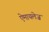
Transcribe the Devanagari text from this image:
ऐमायलेज़